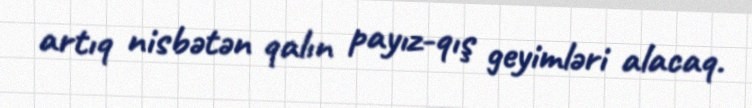
artıq nisbətən qalın payız-qış geyimləri alacaq.